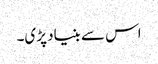
اس سے بنیاد پڑی۔